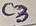
Text: C3